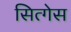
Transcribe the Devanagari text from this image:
सित्गेस